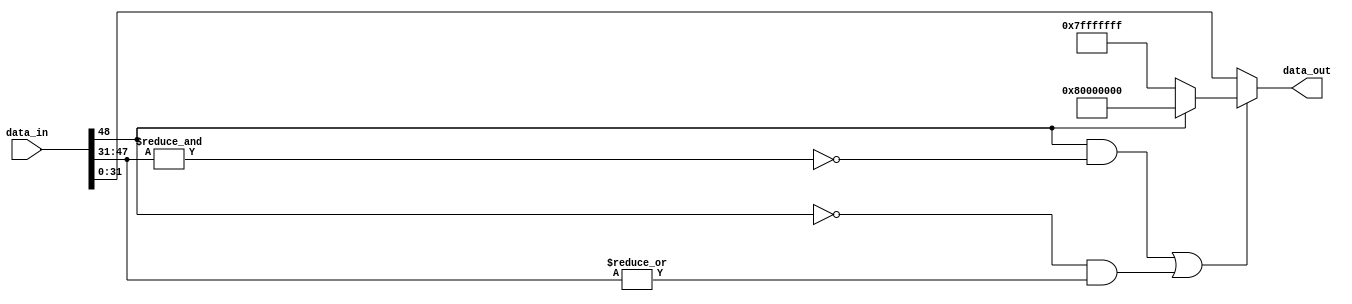
// ================================================================
// NVDLA Open Source Project
//
// Copyright(c) 2016 - 2017 NVIDIA Corporation. Licensed under the
// NVDLA Open Hardware License; Check "LICENSE" which comes with
// this distribution for more information.
// ================================================================
module NV_NVDLA_HLS_saturate (
   data_in
  ,data_out
  );
parameter IN_WIDTH = 49;
parameter OUT_WIDTH = 32;
input [IN_WIDTH-1:0] data_in;
output [OUT_WIDTH-1:0] data_out;
wire [OUT_WIDTH-1:0] data_max;
wire data_sign;
wire tru_need_sat;
// synoff nets
// monitor nets
// debug nets
// tie high nets
// tie low nets
// no connect nets
// not all bits used nets
// todo nets
assign data_sign = data_in[IN_WIDTH-1];
assign tru_need_sat = ( data_sign & ~(&data_in[IN_WIDTH-2:OUT_WIDTH-1])) |
                       (~data_sign & (|data_in[IN_WIDTH-2:OUT_WIDTH-1]));
assign data_max = data_sign ? {1'b1, {(OUT_WIDTH-1){1'b0}}} : ~{1'b1, {(OUT_WIDTH-1){1'b0}}};
assign data_out = tru_need_sat ? data_max : data_in[((OUT_WIDTH) - 1):0];
endmodule // NV_NVDLA_HLS_saturate